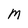
Character: M